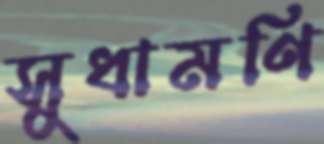
সুধামণি